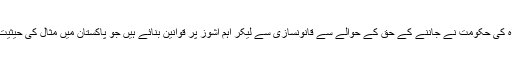
خیبرپختونخواہ کی حکومت نے جاننے کے حق کے حوالے سے قانونسازی سے لیکر اہم اشوز پر قوانین بنائے ہیں جو پاکستان میں مثال کی حیثیت رکھتے ہیں۔